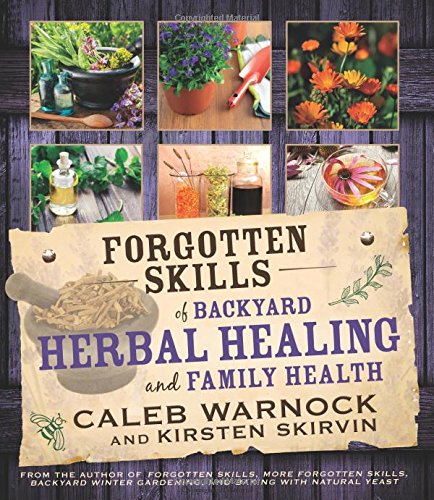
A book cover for Forgotten Skills of Backyard Herbal Healing and Family Health; Caleb Warnock; Health, Fitness & Dieting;